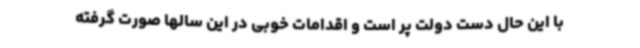
با این حال دست دولت پر است و اقدامات خوبی در این سالها صورت گرفته